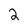
Character: 2